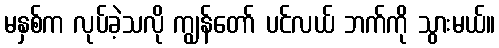
မနှစ်က လုပ်ခဲ့သလို ကျွန်တော် ပင်လယ် ဘက်ကို သွားမယ်။